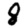
Digit: 8